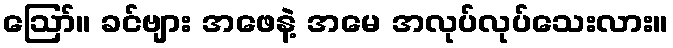
ဪ။ ခင်ဗျား အဖေနဲ့ အမေ အလုပ်လုပ်သေးလား။